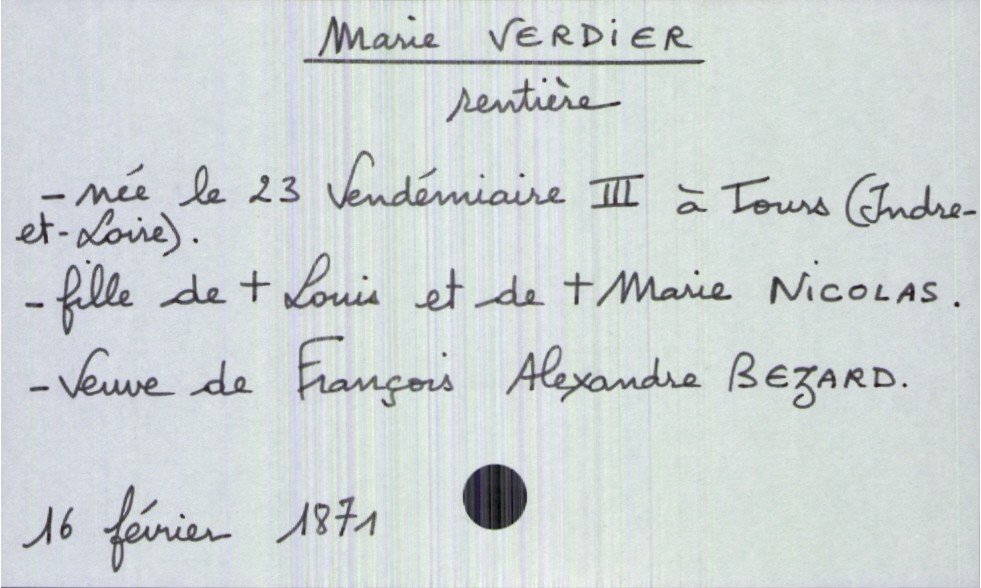
type_acte: Décès
année: 1871
mois: février
jour: 16
défunt_nom: Verdier
défunt_prénom: Marie
défunt_sexe: F
défunt_profession: rentière
défunt_date_de_naissance: 23 vendémiaire III
défunt_lieu_de_naissance: Tours (Indre-et-Loire)
défunt_statut: veuf(ve)
père_défunt_nom: Verdier
père_défunt_prénom: Louis
père_défunt_statut: décédé
mère_défunt_nom: Nicolas
mère_défunt_prénom: Marie
mère_défunt_statut: décédée